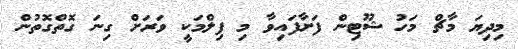
މިދިޔަ މާޗް މަހު ޝޫޓިން ފަށާފައިވާ މި ފިލްމަކީ ވަރަށް ގިނަ ގޮތްގޮތުން